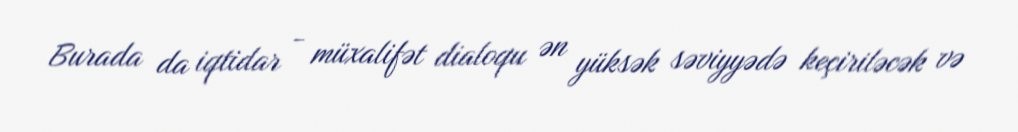
Burada da iqtidar - müxalifət dialoqu ən yüksək səviyyədə keçiriləcək və